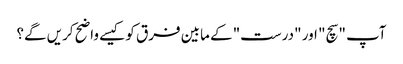
آپ "سچ" اور "درست" کے مابین فرق کو کیسے واضح کریں گے؟